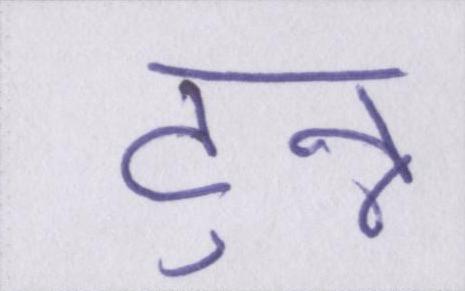
टुन्न